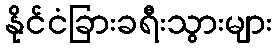
နိုင်ငံခြားခရီးသွားများ